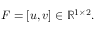
F = [ u , v ] \in \mathbb { R } ^ { 1 \times 2 } .